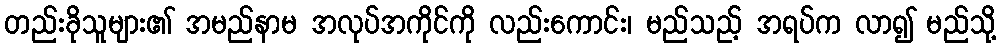
တည်းခိုသူများ၏ အမည်နာမ အလုပ်အကိုင်ကို လည်းကောင်း၊ မည်သည့် အရပ်က လာ၍ မည်သို့